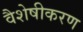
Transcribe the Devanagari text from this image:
वैशेषीकरण